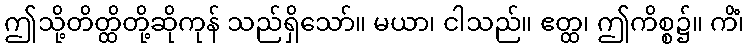
ဤသို့တိတ္ထိတို့ဆိုကုန် သည်ရှိသော်။ မယာ၊ ငါသည်။ ဧတ္ထ၊ ဤကိစ္စ၌။ ကိံ၊